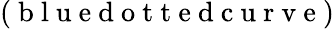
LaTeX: (\mathrm{~b~l~u~e~d~o~t~t~e~d~c~u~r~v~e~})